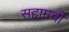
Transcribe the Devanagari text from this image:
सद्दामची